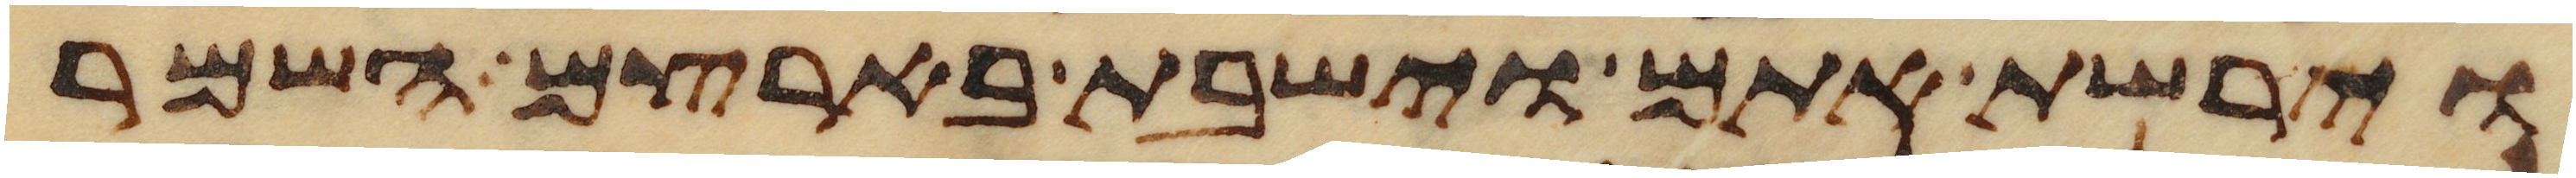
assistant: וירשת אתם וישבת בארצם השמר